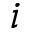
i